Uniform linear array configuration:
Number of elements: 64
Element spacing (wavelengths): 0.5
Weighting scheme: blackman
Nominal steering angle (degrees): -60
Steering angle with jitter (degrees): -59.778
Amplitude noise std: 0.05
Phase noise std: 0.05

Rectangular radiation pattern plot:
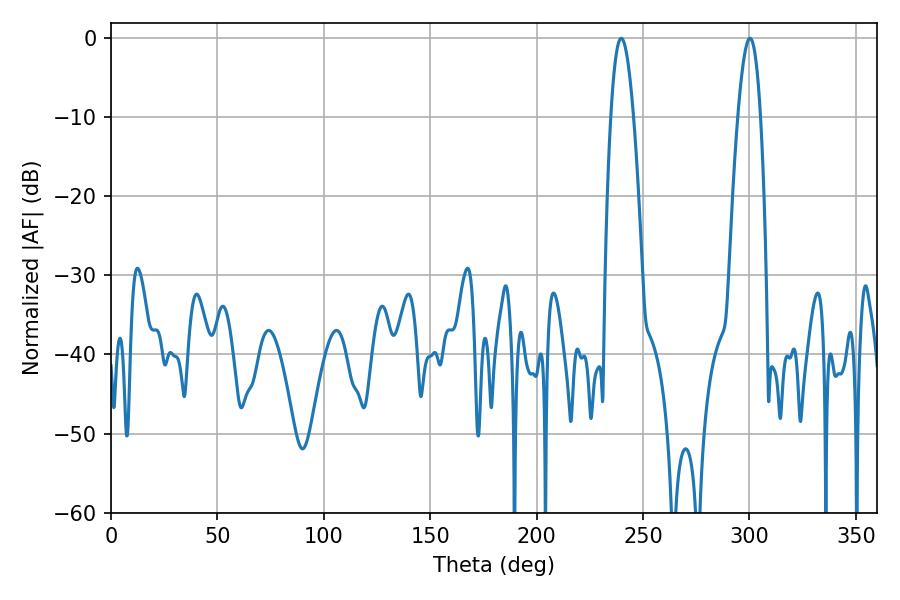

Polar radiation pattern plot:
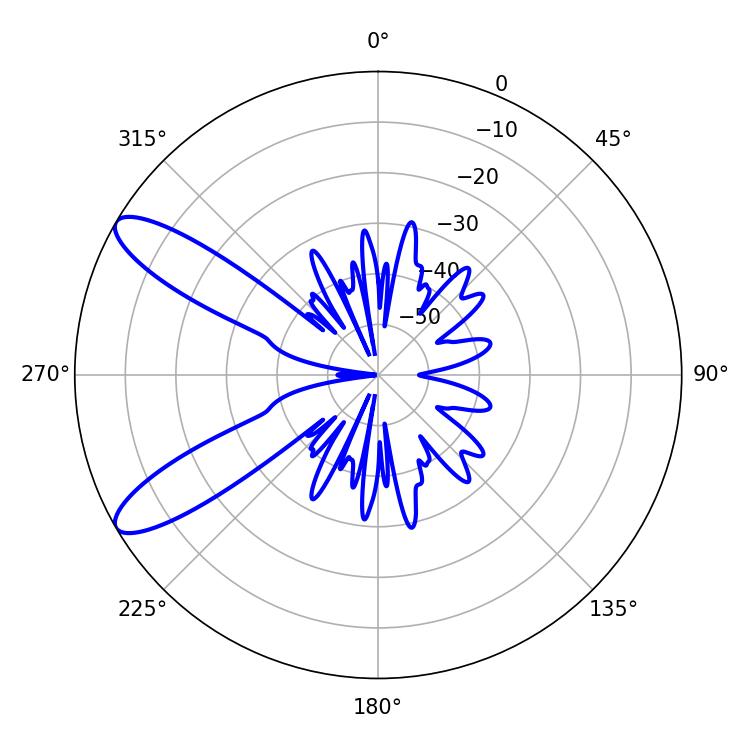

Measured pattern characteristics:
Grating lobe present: FALSE
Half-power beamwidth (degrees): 5.76
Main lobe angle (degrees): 239.76